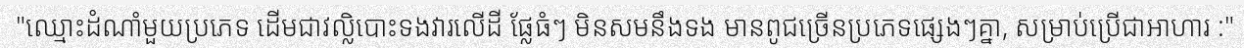
"ឈ្មោះដំណាំមួយប្រភេទ ដើមជាវល្លិបោះទងវារលើដី ផ្លែធំៗ មិនសមនឹងទង មានពូជច្រើនប្រភេទផ្សេងៗគ្នា, សម្រាប់ប្រើជាអាហារ :"